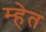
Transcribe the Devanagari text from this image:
म्हेत